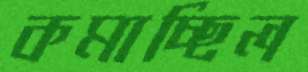
কমাচ্ছিল